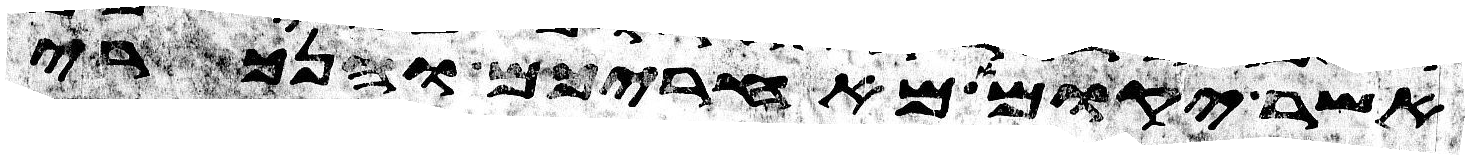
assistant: אשר יקומו מאחריכם והנכרי